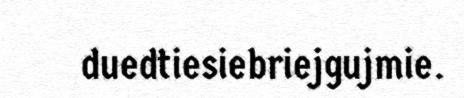
duedtiesiebriejgujmie.